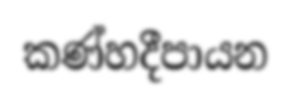
කණ්හදීපායන